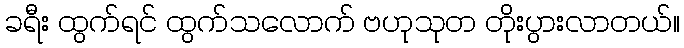
ခရီး ထွက်ရင် ထွက်သလောက် ဗဟုသုတ တိုးပွားလာတယ်။